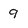
Character: 9